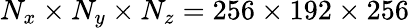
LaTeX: N_{x}\times N_{y}\times N_{z}=256\times 192\times 256